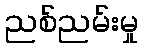
ညစ်ညမ်းမှု